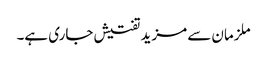
ملزمان سے مزید تفتیش جاری ہے۔